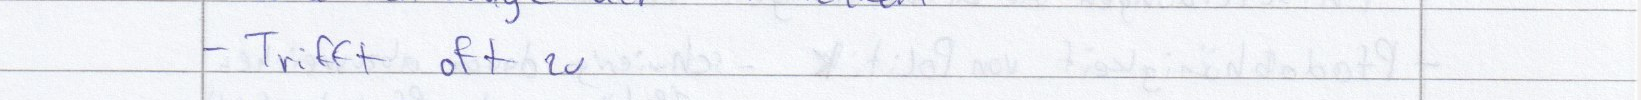
- Trifft oft zu